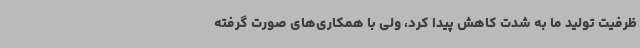
ظرفیت تولید ما به شدت کاهش پیدا کرد، ولی با همکاری‌های صورت گرفته